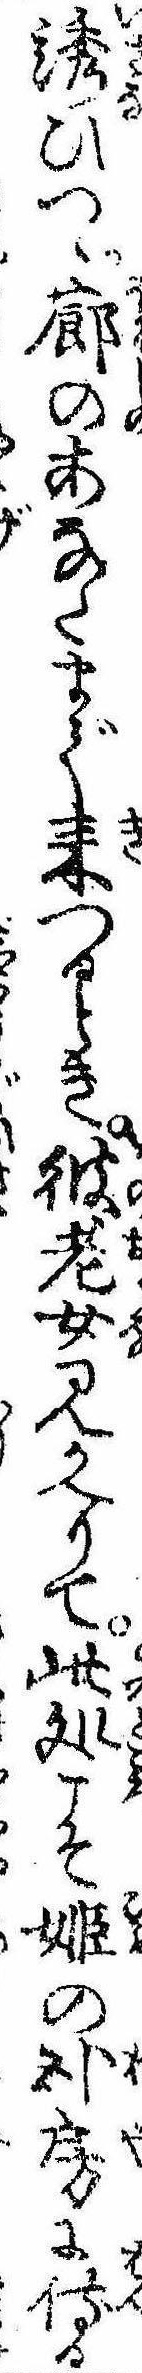
誘ひつゝ廊のあなたまで来つるとき彼老女見かへりて此処こそ姫の臥房に侍る